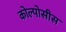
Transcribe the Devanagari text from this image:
कोल्पोसीस